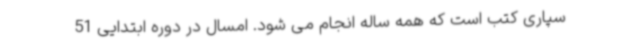
سپاری کتب است که همه ساله انجام می شود. امسال در دوره ابتدایی 51